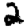
Digit: 2